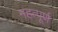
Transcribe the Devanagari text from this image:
महत्‍पूर्ण